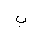
Letter: _ba